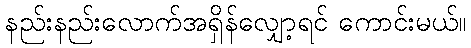
နည်းနည်းလောက်အရှိန်လျှော့ရင် ကောင်းမယ်။